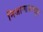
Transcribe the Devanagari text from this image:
निजामाबादहून